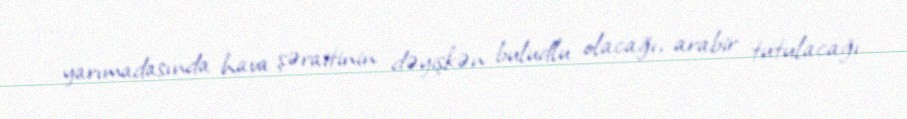
yarımadasında hava şəraitinin dəyişkən buludlu olacağı, arabir tutulacağı